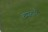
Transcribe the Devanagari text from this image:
व्यग्रताएँ